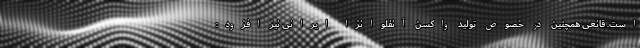
است. قانعی همچنین در خصوص تولید واکسن آنفلوانزا ایرانی نیز افزود: